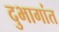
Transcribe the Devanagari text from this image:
दुभागांत